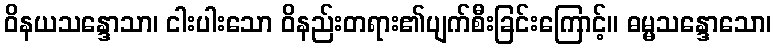
ဝိနယသန္ဒောသာ၊ ငါးပါးသော ဝိနည်းတရား၏ပျက်စီးခြင်းကြောင့်။ ဓမ္မသန္ဒောသော၊